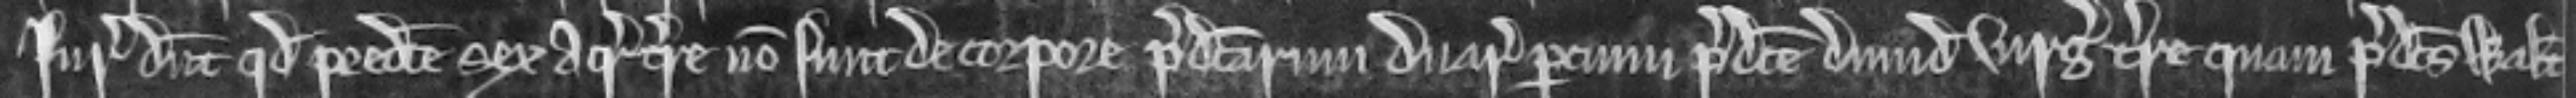
Juratores dicunt quod predicte sex acre terre non sunt de corpore predictarum duarum parcium predicte dimidie virgate terre quam predictus Walterus